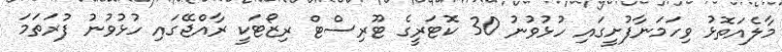
މާލެއަތޮޅު ވިހަމަނާފުށީގައި ހުޅުވުނު 30 ކޮޓަރީގެ ޓޫރިސްޓް ރިޒޯޓަކީ ރާއްޖޭގައި ހުޅުވުނު ފުރަތަމަ